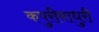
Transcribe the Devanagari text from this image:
कपुरीमाधुरी